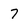
Character: 7